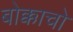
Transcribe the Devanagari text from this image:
बोक्काचो